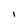
Character: l